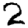
Digit: 2